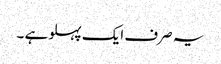
یہ صرف ایک پہلو ہے ۔